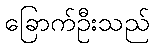
ခြောက်ဦးသည်